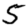
Digit: 5